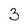
Character: 3